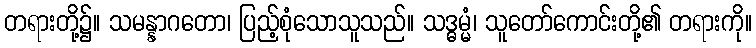
တရားတို့၌။ သမန္နာဂတော၊ ပြည့်စုံသောသူသည်။ သဒ္ဓမ္မံ၊ သူတော်ကောင်းတို့၏ တရားကို။